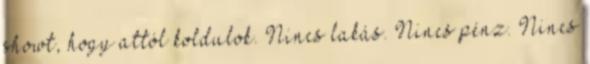
showt, hogy attól koldulok. Nincs lakás. Nincs pénz. Nincs